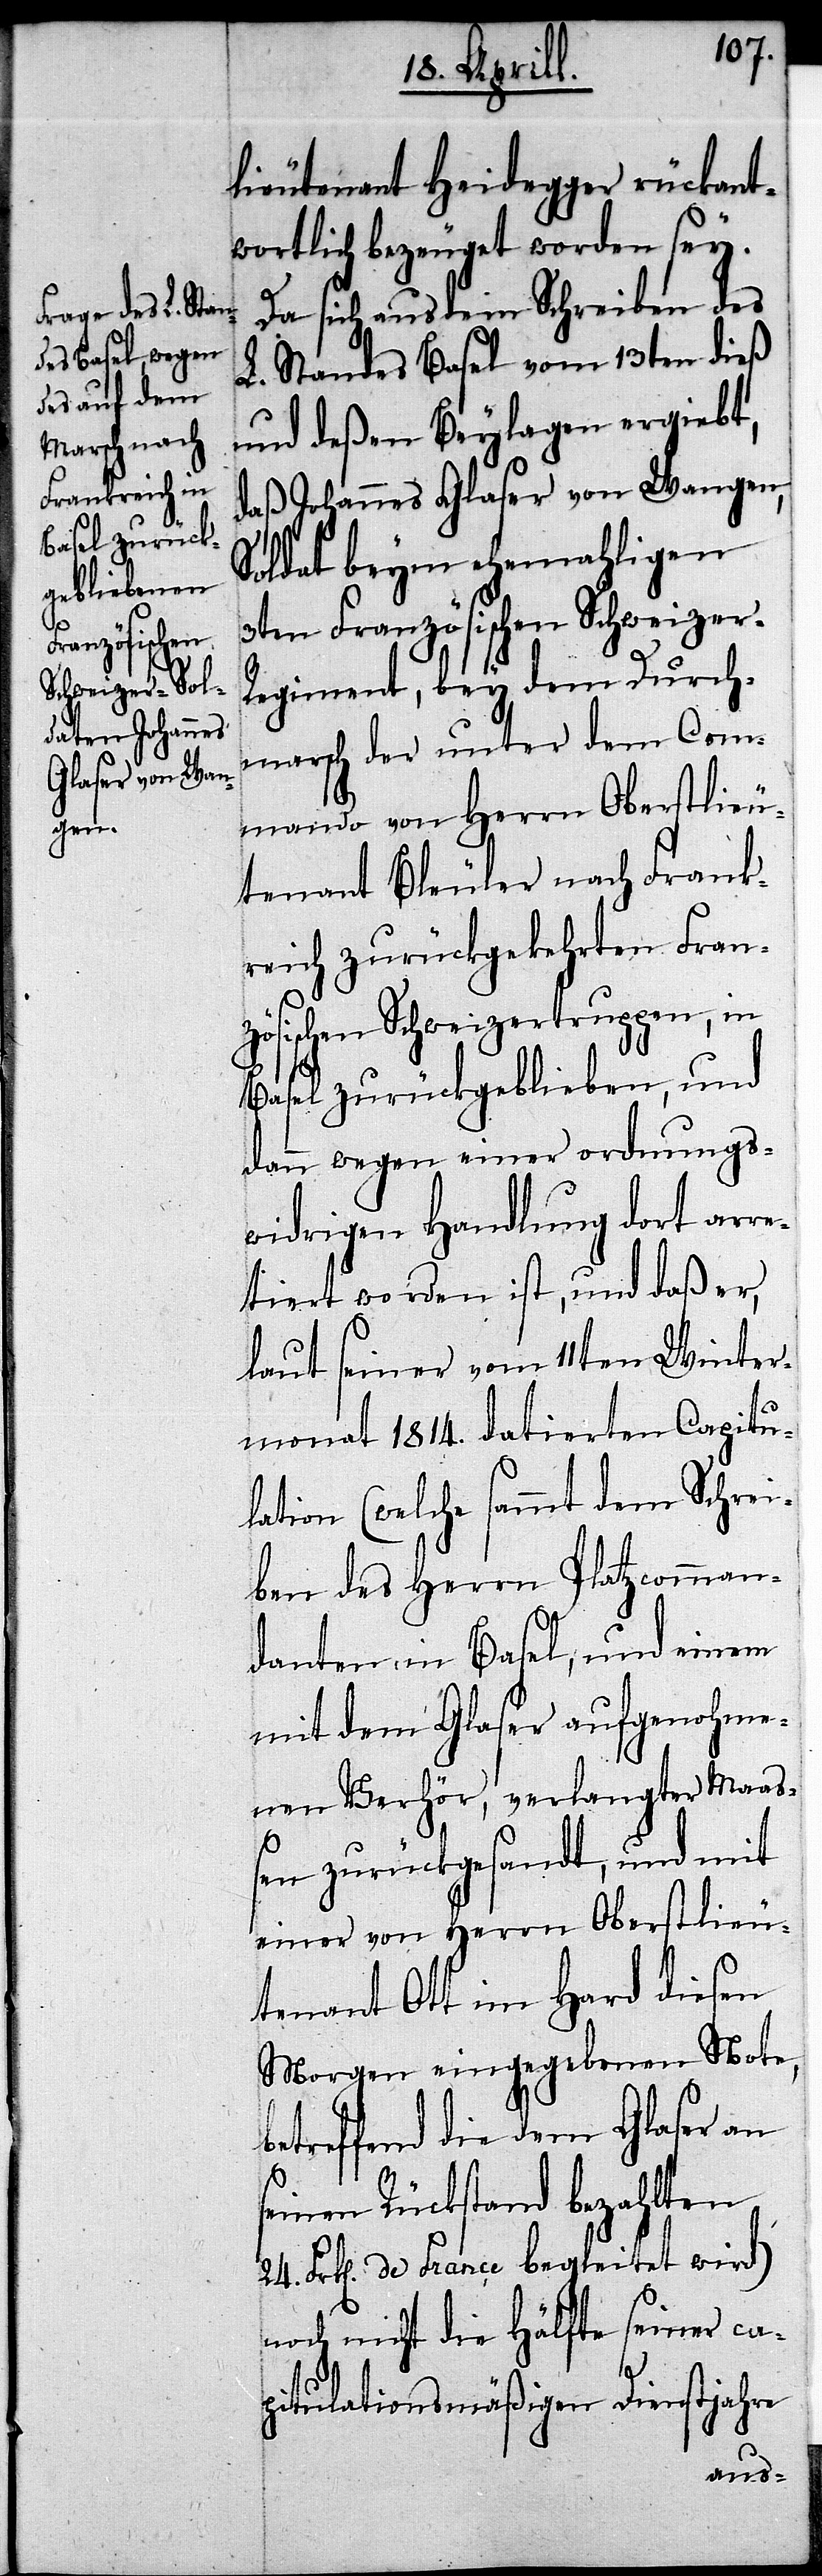
lieutenant Heidegger rückant¬
wortlich bezeuget worden sey.
Da sich aus dem Schreiben des
L. Standes Basel vom 13ten dieß
und deßen Beylagen ergiebt,
daß Johannes Glaser von Wangen,
Soldat beym ehemahligen
3ten Französischen Schweizer-R¬
egiment, bey dem Durch¬
marsch der unter dem Com¬
mando von Herrn Oberstlieu¬
tenant Bleuler nach Frank¬
reich zurückgekehrten Franz¬
ösischen Schweizertruppen, in
Basel zurückgeblieben, und
dann wegen einer ordnungs¬
widrigen Handlung dort arre¬
tiert worden ist, und daß er
laut seiner vom 11ten Winter¬
monat 1814. datierten Capitu¬
lation (welche sammt dem Schrei¬
ben des Herrn Platzcomman¬
danten in Basel, und einem
mit dem Glaser aufgenohme¬
nen Verhör, verlangter Maa¬
ßen zurückgesandt, und mit
einer von Herrn Oberstlieu¬
tenant Ott im Hard diesen
Morgen eingegebenen Note,
betreffend die dem Glaser an
einen Rückstand bezahlten
24. Frk[en]. de France begleitet wird)
noch nicht die Hälfte seiner ca¬
s¬
pitulationsmäßigen Dienstjahre